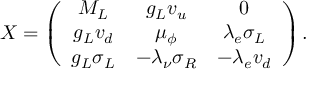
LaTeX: X = \left( \begin{array} { c c c } { { M _ { L } } } & { { g _ { L } v _ { u } } } & { { 0 } } \\ { { g _ { L } v _ { d } } } & { { \mu _ { \phi } } } & { { \lambda _ { e } \sigma _ { L } } } \\ { { g _ { L } \sigma _ { L } } } & { { - \lambda _ { \nu } \sigma _ { R } } } & { { - \lambda _ { e } v _ { d } } } \end{array} \right) .